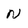
Character: N